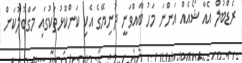
ރެޑްބުލް އެއާ ޝޯއެއް އަންނަ މަހު ބާއްވަނީ ދުނިޔޭގެ އެކި ކަންކޮޅުތަކުގައި މަގްބޫލުކަން